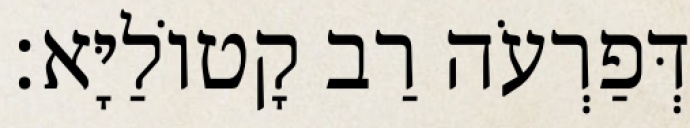
דְּפַרְעֹה רַב קָטוֹלַיָּא׃